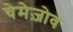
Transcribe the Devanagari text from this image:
चेमेज़ोव